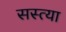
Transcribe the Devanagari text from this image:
सस्त्या